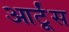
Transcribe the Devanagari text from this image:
आर्टूंस